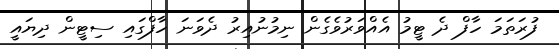
ފުރަތަމަ ހާފް ދެ ޓީމު އެއްވަރުވެގެން ނިމުނުއިރު ދެވަނަ ހާފްގައި ސިޓީން ދިޔައީ